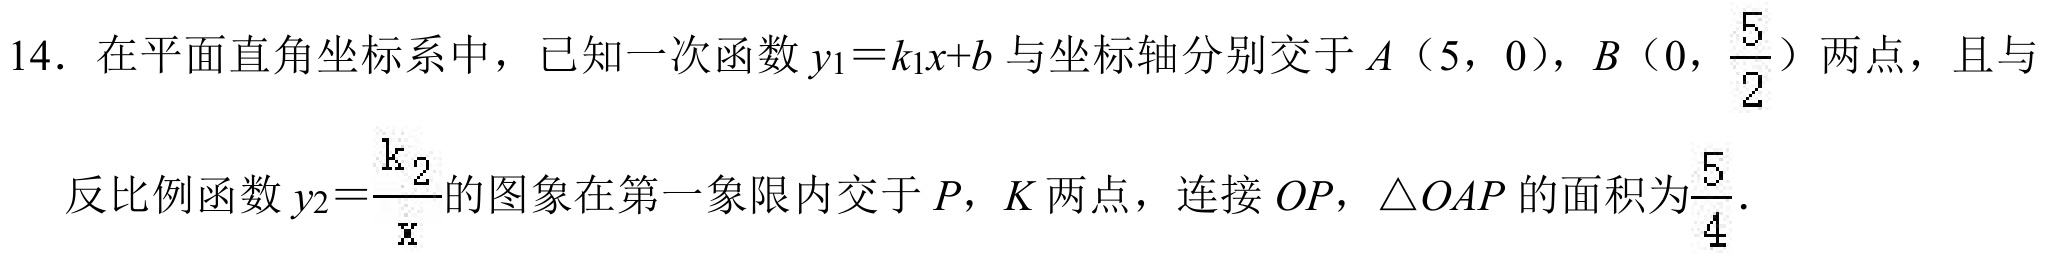
14. 在平面直角坐标系中，已知一次函数\(y_{1}=k_{1}x + b\)与坐标轴分别交于\(A(5,0)\)，\(B(0,\frac{5}{2})\)两点，且与
反比例函数\(y_{2}=\frac{k_{2}}{x}\)的图象在第一象限内交于\(P\)，\(K\)两点，连接 \(OP\)，\(\triangle OAP\)的面积为\(\frac{5}{4}\).